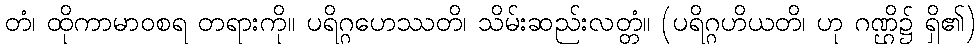
တံ၊ ထိုကာမာဝစရ တရားကို။ ပရိဂ္ဂဟေဿတိ၊ သိမ်းဆည်းလတ္တံ။ (ပရိဂ္ဂဟိယတိ၊ ဟု ဂဏ္ဌိ၌ ရှိ၏)